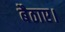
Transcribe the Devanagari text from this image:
बैठाए।